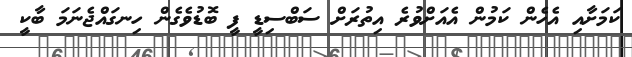
ކަމަށާއި އެހެން ކަމުން އެއަށްވުރެ އިތުރަށް ސަބްސިޑީ ފީ ބޮޑުވެގެން ހިނގައްޖެނަމަ ބާކީ